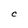
Character: C